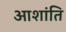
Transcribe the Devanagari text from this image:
आशांति